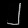
Digit: ၂